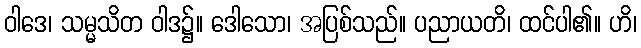
ဝါဒေ၊ သမ္မသိတ ဝါဒ၌။ ဒေါသော၊ အပြစ်သည်။ ပညာယတိ၊ ထင်ပါ၏။ ဟိ၊